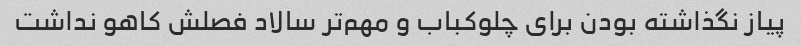
پیاز نگذاشته بودن برای چلوکباب و مهم‌تر سالاد فصلش کاهو نداشت